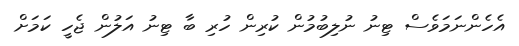
އެހެންނަމަވެސް ޓިނު ނުލިބުމުން ކުރިން ހުރި ބާ ޓިނު އަލުން ޖެހީ ކަމަށް